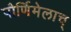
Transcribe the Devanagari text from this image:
पौर्णिमेलाच्